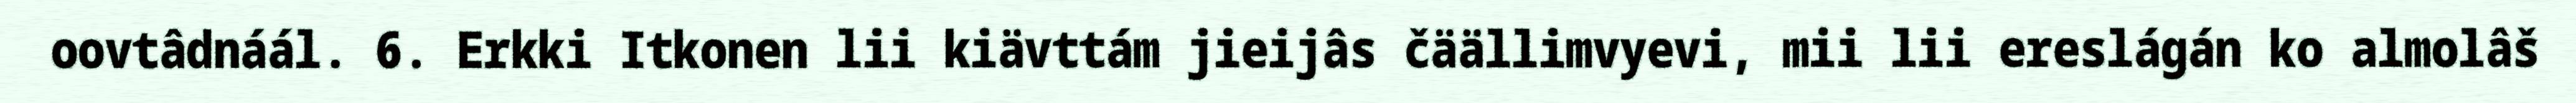
oovtâdnáál. 6. Erkki Itkonen lii kiävttám jieijâs čäällimvyevi, mii lii ereslágán ko almolâš